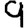
Digit: 9